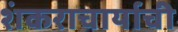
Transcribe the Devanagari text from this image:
शंकराचार्याची